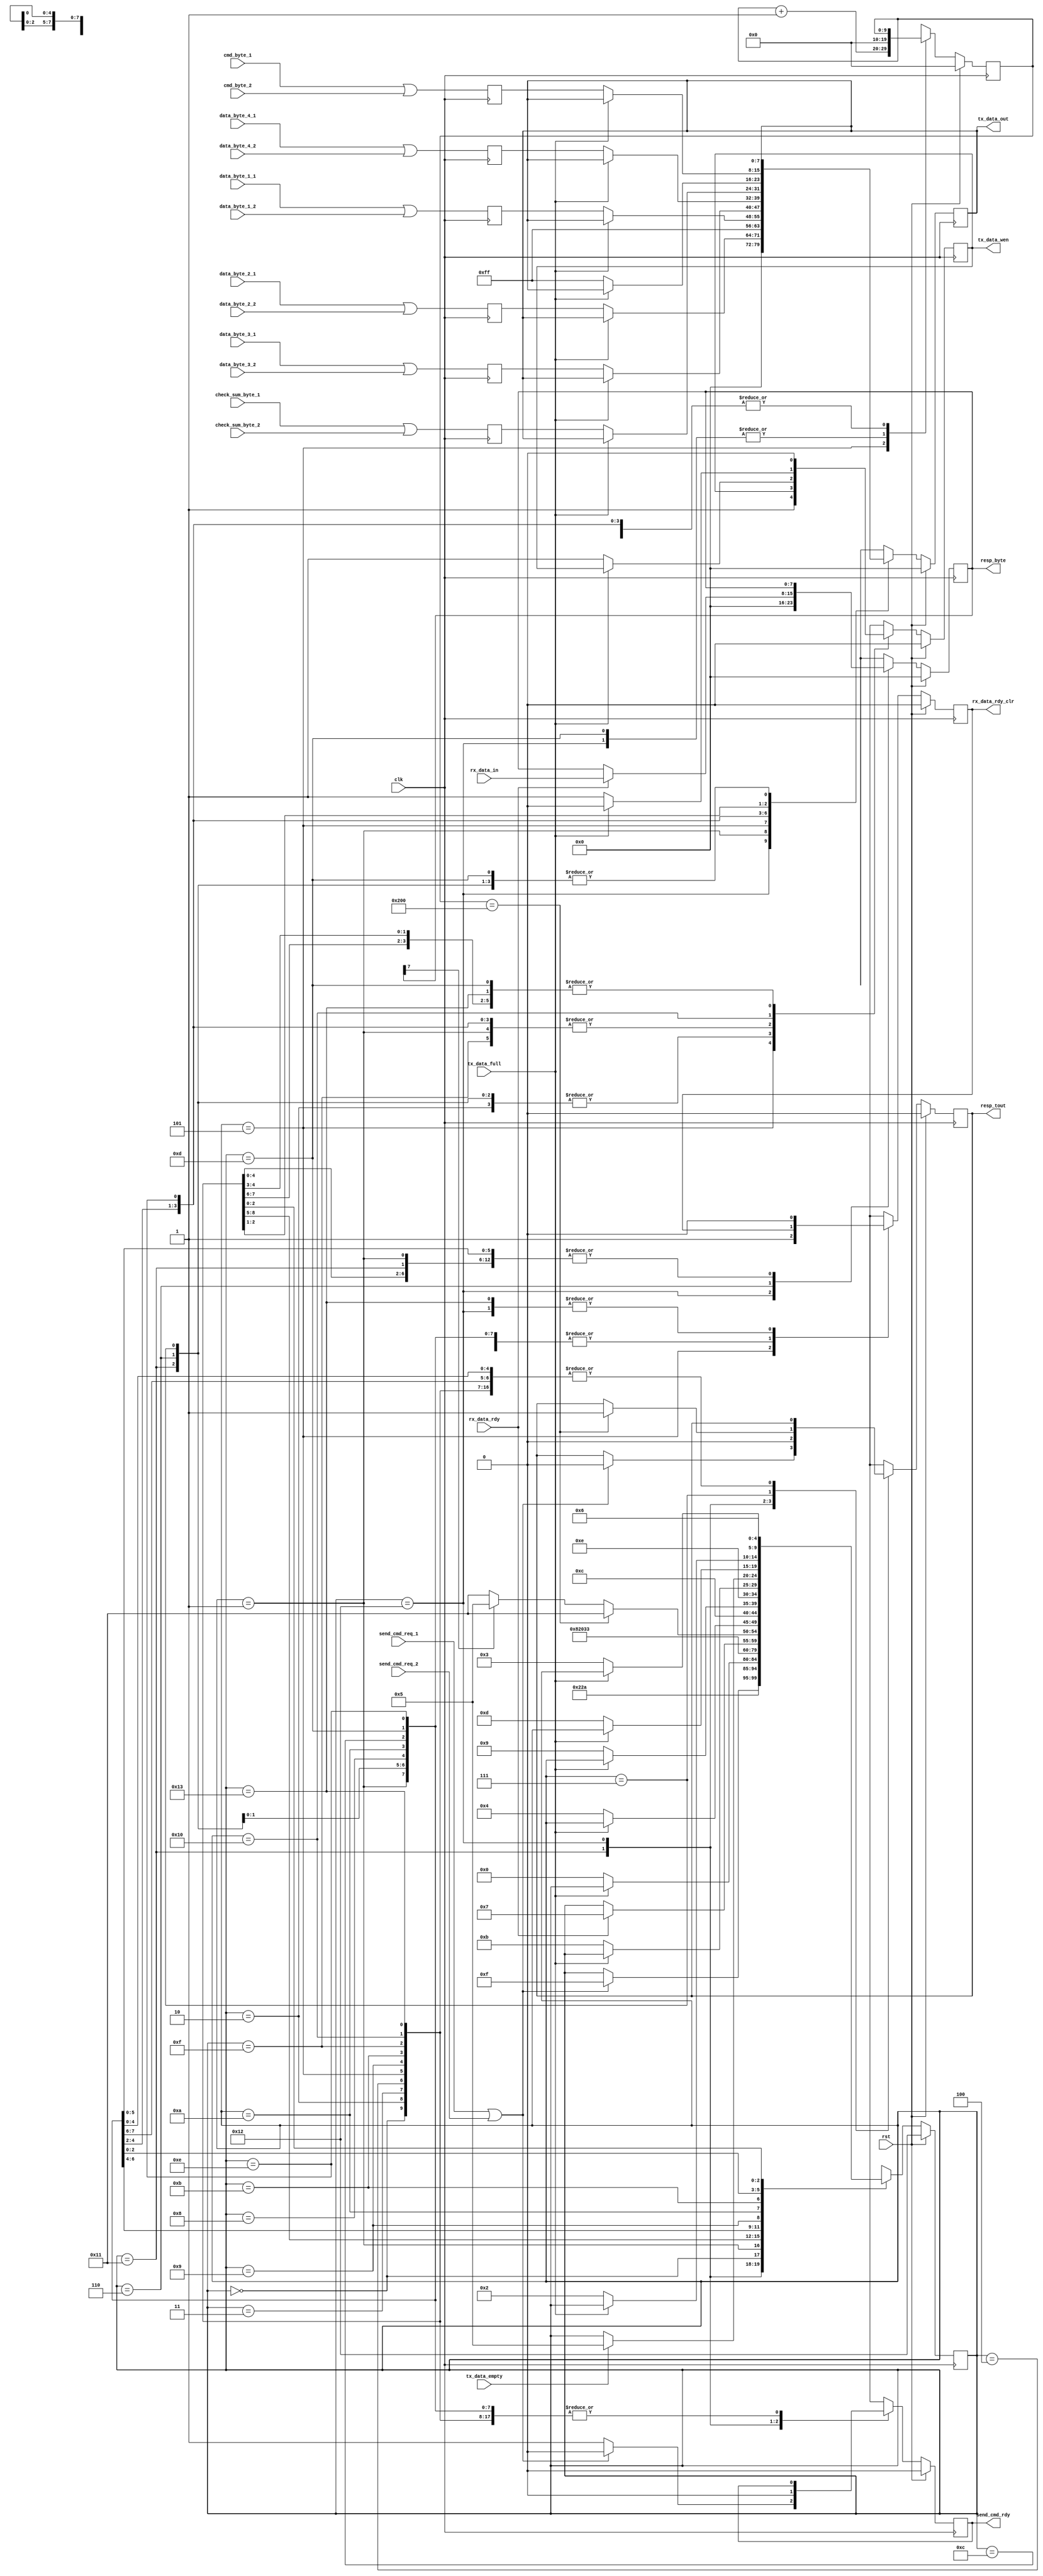

//////////////////////////////////////////////////////////////////////
////                                                              ////
//// sendCmd.v                                           ////
////                                                              ////
//// This file is part of the spiMaster opencores effort.
//// <http://www.opencores.org/cores//>                           ////
////                                                              ////
//// Module Description:                                          ////
////  If send_cmd_req asserted, then send command to
////  SD card. Command consists of command byte,
////  4 data bytes, and a checksum byte.
//// Waits for response byte from SD card
////  or times out if no response
////                                                              ////
//// To Do:                                                       ////
////
////                                                              ////
//// Author(s):                                                   ////
//// - Steve Fielding, sfielding@base2designs.com                 ////
////                                                              ////
//////////////////////////////////////////////////////////////////////
////                                                              ////
//// Copyright (C) 2004 Steve Fielding and OPENCORES.ORG          ////
////                                                              ////
//// This source file may be used and distributed without         ////
//// restriction provided that this copyright statement is not    ////
//// removed from the file and that any derivative work contains  ////
//// the original copyright notice and the associated disclaimer. ////
////                                                              ////
//// This source file is free software; you can redistribute it   ////
//// and/or modify it under the terms of the GNU Lesser General   ////
//// Public License as published by the Free Software Foundation; ////
//// either version 2.1 of the License, or (at your option) any   ////
//// later version.                                               ////
////                                                              ////
//// This source is distributed in the hope that it will be       ////
//// useful, but WITHOUT ANY WARRANTY; without even the implied   ////
//// warranty of MERCHANTABILITY or FITNESS FOR A PARTICULAR      ////
//// PURPOSE. See the GNU Lesser General Public License for more  ////
//// details.                                                     ////
////                                                              ////
//// You should have received a copy of the GNU Lesser General    ////
//// Public License along with this source; if not, download it   ////
//// from <http://www.opencores.org/lgpl.shtml>                   ////
////                                                              ////
//////////////////////////////////////////////////////////////////////
//

module send_cmd(
    input  wire [7:0] check_sum_byte_1,
    input  wire [7:0] check_sum_byte_2,
    input  wire       clk,
    input  wire [7:0] cmd_byte_1,
    input  wire [7:0] cmd_byte_2,
    input  wire [7:0] data_byte_1_1,
    input  wire [7:0] data_byte_1_2,
    input  wire [7:0] data_byte_2_1,
    input  wire [7:0] data_byte_2_2,
    input  wire [7:0] data_byte_3_1,
    input  wire [7:0] data_byte_3_2,
    input  wire [7:0] data_byte_4_1,
    input  wire [7:0] data_byte_4_2,
    input  wire       rst,
    input  wire [7:0] rx_data_in,
    input  wire       rx_data_rdy,
    input  wire       send_cmd_req_1,
    input  wire       send_cmd_req_2,
    input  wire       tx_data_empty,
    input  wire       tx_data_full,

    output reg  [7:0] resp_byte,
    output reg        resp_tout,
    output reg        rx_data_rdy_clr,
    output reg        send_cmd_rdy,
    output reg  [7:0] tx_data_out,
    output reg        tx_data_wen
);

    reg [7:0] next_resp_byte;
    reg       next_resp_tout;
    reg       next_rx_data_rdy_clr;
    reg       next_send_cmd_rdy;

    reg [7:0] next_tx_data_out;
    reg       next_tx_data_wen;

    // diagram signals declarations
    reg  [7:0] check_sum_byte, next_check_sum_byte;
    reg  [7:0] cmd_byte, next_cmd_byte;
    reg  [7:0] data_byte_1, next_data_byte_1;
    reg  [7:0] data_byte_2, next_data_byte_2;
    reg  [7:0] data_byte_3, next_data_byte_3;
    reg  [7:0] data_byte_4, next_data_byte_4;
    reg        send_cmd_req, next_send_cmd_req;
    reg  [9:0] time_out_cnt, next_time_out_cnt;

    // BINARY ENCODED state machine: sndCmdSt
    // State codes definitions:
    localparam CMD_D_BYTE2_FIN  = 5'b00000;
    localparam CMD_D_BYTE2_ST   = 5'b00001;
    localparam CMD_SEND_FF_FIN  = 5'b00010;
    localparam CMD_CMD_BYTE_FIN = 5'b00011;
    localparam CMD_D_BYTE1_FIN  = 5'b00100;
    localparam CMD_REQ_RESP_ST  = 5'b00101;
    localparam CMD_REQ_RESP_FIN = 5'b00110;
    localparam CMD_CHK_RESP     = 5'b00111;
    localparam CMD_D_BYTE1_ST   = 5'b01000;
    localparam CMD_D_BYTE3_FIN  = 5'b01001;
    localparam CMD_D_BYTE3_ST   = 5'b01010;
    localparam CMD_D_BYTE4_FIN  = 5'b01011;
    localparam CMD_D_BYTE4_ST   = 5'b01100;
    localparam CMD_CS_FIN       = 5'b01101;
    localparam CMD_CS_ST        = 5'b01110;
    localparam CMD_SEND_FF_ST   = 5'b01111;
    localparam CMD_CMD_BYTE_ST  = 5'b10000;
    localparam WT_CMD           = 5'b10001;
    localparam ST_S_CMD         = 5'b10010;
    localparam CMD_DEL          = 5'b10011;

    reg [4:0] state, next_state;

    // Diagram actions (continuous assignments allowed only: assign ...)
    // diagram ACTION
    always @( * ) begin
        send_cmd_req = send_cmd_req_1 | send_cmd_req_2;
    end
    always @(posedge clk) begin
        cmd_byte       <= cmd_byte_1       | cmd_byte_2;
        data_byte_1    <= data_byte_1_1    | data_byte_1_2;
        data_byte_2    <= data_byte_2_1    | data_byte_2_2;
        data_byte_3    <= data_byte_3_1    | data_byte_3_2;
        data_byte_4    <= data_byte_4_1    | data_byte_4_2;
        check_sum_byte <= check_sum_byte_1 | check_sum_byte_2;
    end


    // Machine: sndCmdSt

    // NextState logic (combinatorial)
    always @( * ) begin
        next_state           = state;
        // Set default values for outputs and signals
        next_tx_data_wen     = tx_data_wen;
        next_tx_data_out     = tx_data_out;
        next_time_out_cnt    = time_out_cnt;
        next_rx_data_rdy_clr = rx_data_rdy_clr;
        next_resp_byte       = resp_byte;
        next_resp_tout       = resp_tout;
        next_send_cmd_rdy    = send_cmd_rdy;
        case (state)  // synopsys parallel_case full_case
            WT_CMD: begin
                next_send_cmd_rdy = 1'b1;
                if (send_cmd_req == 1'b1) begin
                    next_state        = CMD_SEND_FF_ST;
                    next_send_cmd_rdy = 1'b0;
                    next_resp_tout    = 1'b0;
                end
            end
            ST_S_CMD: begin
                next_send_cmd_rdy    = 1'b0;
                next_tx_data_wen     = 1'b0;
                next_tx_data_out     = 8'h00;
                next_rx_data_rdy_clr = 1'b0;
                next_resp_byte       = 8'h00;
                next_resp_tout       = 1'b0;
                next_time_out_cnt    = 10'h000;
                next_state           = WT_CMD;
            end
            CMD_D_BYTE2_FIN: begin
                next_tx_data_wen = 1'b0;
                next_state       = CMD_D_BYTE3_ST;
            end
            CMD_D_BYTE2_ST: begin
                if (tx_data_full == 1'b0) begin
                    next_state       = CMD_D_BYTE2_FIN;
                    next_tx_data_out = data_byte_2;
                    next_tx_data_wen = 1'b1;
                end
            end
            CMD_SEND_FF_FIN: begin
                next_state = CMD_CMD_BYTE_ST;
            end
            CMD_CMD_BYTE_FIN: begin
                next_tx_data_wen = 1'b0;
                next_state       = CMD_D_BYTE1_ST;
            end
            CMD_D_BYTE1_FIN: begin
                next_tx_data_wen = 1'b0;
                next_state       = CMD_D_BYTE2_ST;
            end
            CMD_REQ_RESP_ST: begin
                next_state           = CMD_DEL;
                next_tx_data_out     = 8'hff;
                next_tx_data_wen     = 1'b1;
                next_time_out_cnt    = time_out_cnt + 1'b1;
                next_rx_data_rdy_clr = 1'b1;
            end
            CMD_REQ_RESP_FIN: begin
                if (rx_data_rdy == 1'b1) begin
                    next_state     = CMD_CHK_RESP;
                    next_resp_byte = rx_data_in;
                end
            end
            CMD_CHK_RESP: begin
                if (time_out_cnt == 10'h200) begin
                    next_state     = WT_CMD;
                    next_resp_tout = 1'b1;
                end
                else if (resp_byte[7] == 1'b0) begin
                    next_state = WT_CMD;
                end
                else begin
                    next_state = CMD_REQ_RESP_ST;
                end
            end
            CMD_D_BYTE1_ST: begin
                if (tx_data_full == 1'b0) begin
                    next_state       = CMD_D_BYTE1_FIN;
                    next_tx_data_out = data_byte_1;
                    next_tx_data_wen = 1'b1;
                end
            end
            CMD_D_BYTE3_FIN: begin
                next_tx_data_wen = 1'b0;
                next_state       = CMD_D_BYTE4_ST;
            end
            CMD_D_BYTE3_ST: begin
                if (tx_data_full == 1'b0) begin
                    next_state       = CMD_D_BYTE3_FIN;
                    next_tx_data_out = data_byte_3;
                    next_tx_data_wen = 1'b1;
                end
            end
            CMD_D_BYTE4_FIN: begin
                next_tx_data_wen = 1'b0;
                next_state       = CMD_CS_ST;
            end
            CMD_D_BYTE4_ST: begin
                if (tx_data_full == 1'b0) begin
                    next_state       = CMD_D_BYTE4_FIN;
                    next_tx_data_out = data_byte_4;
                    next_tx_data_wen = 1'b1;
                end
            end
            CMD_CS_FIN: begin
                next_tx_data_wen  = 1'b0;
                next_time_out_cnt = 10'h000;
                if (tx_data_empty == 1'b1) begin
                    next_state = CMD_REQ_RESP_ST;
                end
            end
            CMD_CS_ST: begin
                if (tx_data_full == 1'b0) begin
                    next_state       = CMD_CS_FIN;
                    next_tx_data_out = check_sum_byte;
                    next_tx_data_wen = 1'b1;
                end
            end
            CMD_SEND_FF_ST: begin
                if (tx_data_full == 1'b0) begin
                    next_state       = CMD_SEND_FF_FIN;
                    next_tx_data_out = 8'hff;
                    next_tx_data_wen = 1'b1;
                end
            end
            CMD_CMD_BYTE_ST: begin
                next_tx_data_wen = 1'b0;
                if (tx_data_full == 1'b0) begin
                    next_state       = CMD_CMD_BYTE_FIN;
                    next_tx_data_out = cmd_byte;
                    next_tx_data_wen = 1'b1;
                end
            end
            CMD_DEL: begin
                next_state           = CMD_REQ_RESP_FIN;
                next_tx_data_wen     = 1'b0;
                next_rx_data_rdy_clr = 1'b0;
            end
        endcase
    end

    // Current State Logic (sequential)
    always @ (posedge clk) begin
        if (rst == 1'b1)
            state <= ST_S_CMD;
        else
            state <= next_state;
    end

    // Registered outputs logic
    always @ (posedge clk) begin
        if (rst == 1'b1) begin
            tx_data_wen     <= 1'b0;
            tx_data_out     <= 8'h00;
            rx_data_rdy_clr <= 1'b0;
            resp_byte       <= 8'h00;
            resp_tout       <= 1'b0;
            send_cmd_rdy    <= 1'b0;
            time_out_cnt    <= 10'h000;
        end
        else begin
            tx_data_wen     <= next_tx_data_wen;
            tx_data_out     <= next_tx_data_out;
            rx_data_rdy_clr <= next_rx_data_rdy_clr;
            resp_byte       <= next_resp_byte;
            resp_tout       <= next_resp_tout;
            send_cmd_rdy    <= next_send_cmd_rdy;
            time_out_cnt    <= next_time_out_cnt;
        end
    end

endmodule